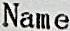
NAME